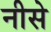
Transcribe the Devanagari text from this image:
नीसे